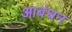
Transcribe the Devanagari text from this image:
आबंधन